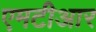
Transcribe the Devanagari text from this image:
एमटीआर